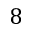
8